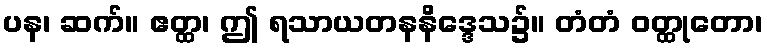
ပန၊ ဆက်။ ဧတ္ထ၊ ဤ ရသာယတနနိဒ္ဒေသ၌။ တံတံ ဝတ္ထုတော၊